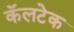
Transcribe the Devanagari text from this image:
कॅलटेक